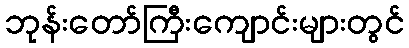
ဘုန်းတော်ကြီးကျောင်းများတွင်